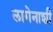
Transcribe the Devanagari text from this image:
लागेनाशी